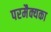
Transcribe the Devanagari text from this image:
परमैक्यका